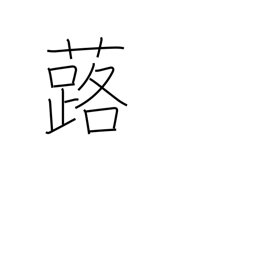
Meaning: bog rhubarb